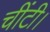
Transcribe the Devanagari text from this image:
चींटी।